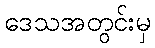
ဒေသအတွင်းမှ